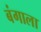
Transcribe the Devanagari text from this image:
बंगाला